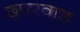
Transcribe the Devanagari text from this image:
छपरवाड़